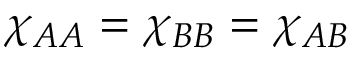
\chi _ { A A } = \chi _ { B B } = \chi _ { A B }